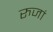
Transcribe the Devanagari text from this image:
रुजां